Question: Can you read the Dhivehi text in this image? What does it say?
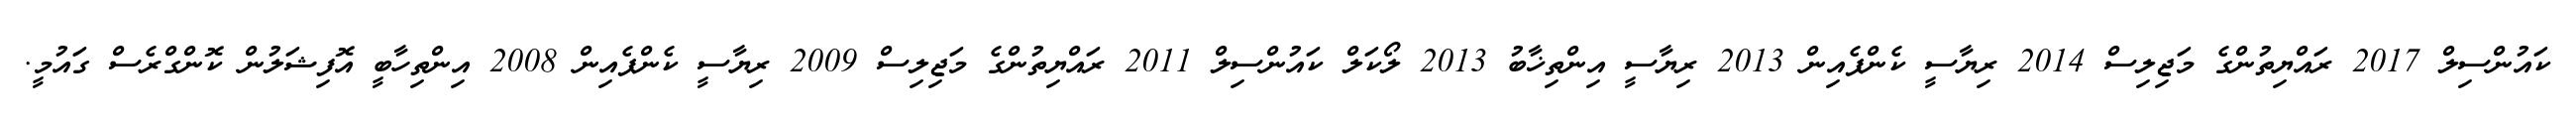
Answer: ކައުންސިލް 2017 ރައްޔިތުންގެ މަޖިލިސް 2014 ރިޔާސީ ކެންޕެއިން 2013 ރިޔާސީ އިންތިޚާބު 2013 ލޯކަލް ކައުންސިލް 2011 ރައްޔިތުންގެ މަޖިލިސް 2009 ރިޔާސީ ކެންޕެއިން 2008 އިންތިހާބީ އޮފިޝަލުން ކޮންގްރެސް ގައުމީ.